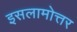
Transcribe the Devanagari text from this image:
इसलामोत्तर